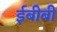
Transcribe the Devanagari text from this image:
ईबीबी